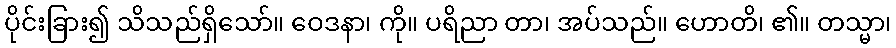
ပိုင်းခြား၍ သိသည်ရှိသော်။ ဝေဒနာ၊ ကို။ ပရိညာ တာ၊ အပ်သည်။ ဟောတိ၊ ၏။ တသ္မာ၊